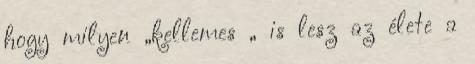
hogy milyen „kellemes „ is lesz az élete a